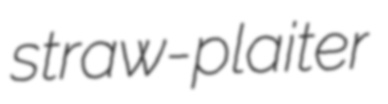
straw-plaiter